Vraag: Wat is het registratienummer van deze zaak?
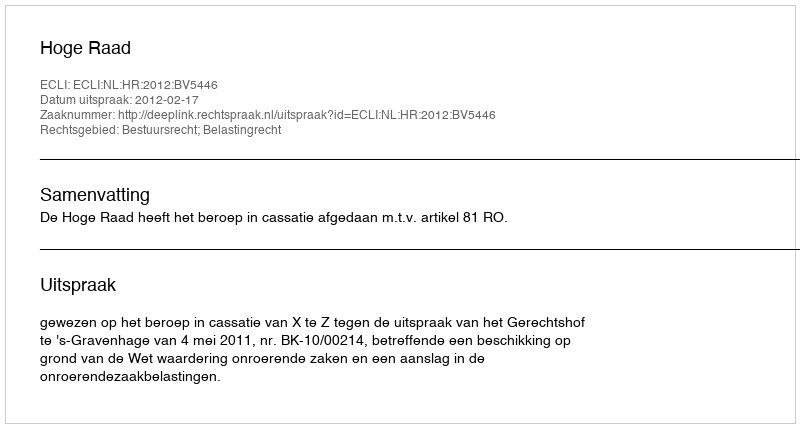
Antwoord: http://deeplink.rechtspraak.nl/uitspraak?id=ECLI:NL:HR:2012:BV5446